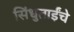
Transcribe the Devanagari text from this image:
सिंधुताईंचे